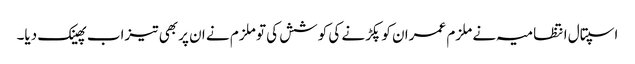
اسپتال انتظامیہ نے ملزم عمران کو پکڑنے کی کوشش کی تو ملزم نے ان پر بھی تیزاب پھینک دیا۔